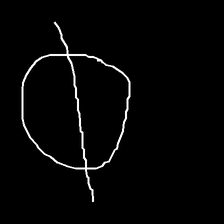
Glyph: orb